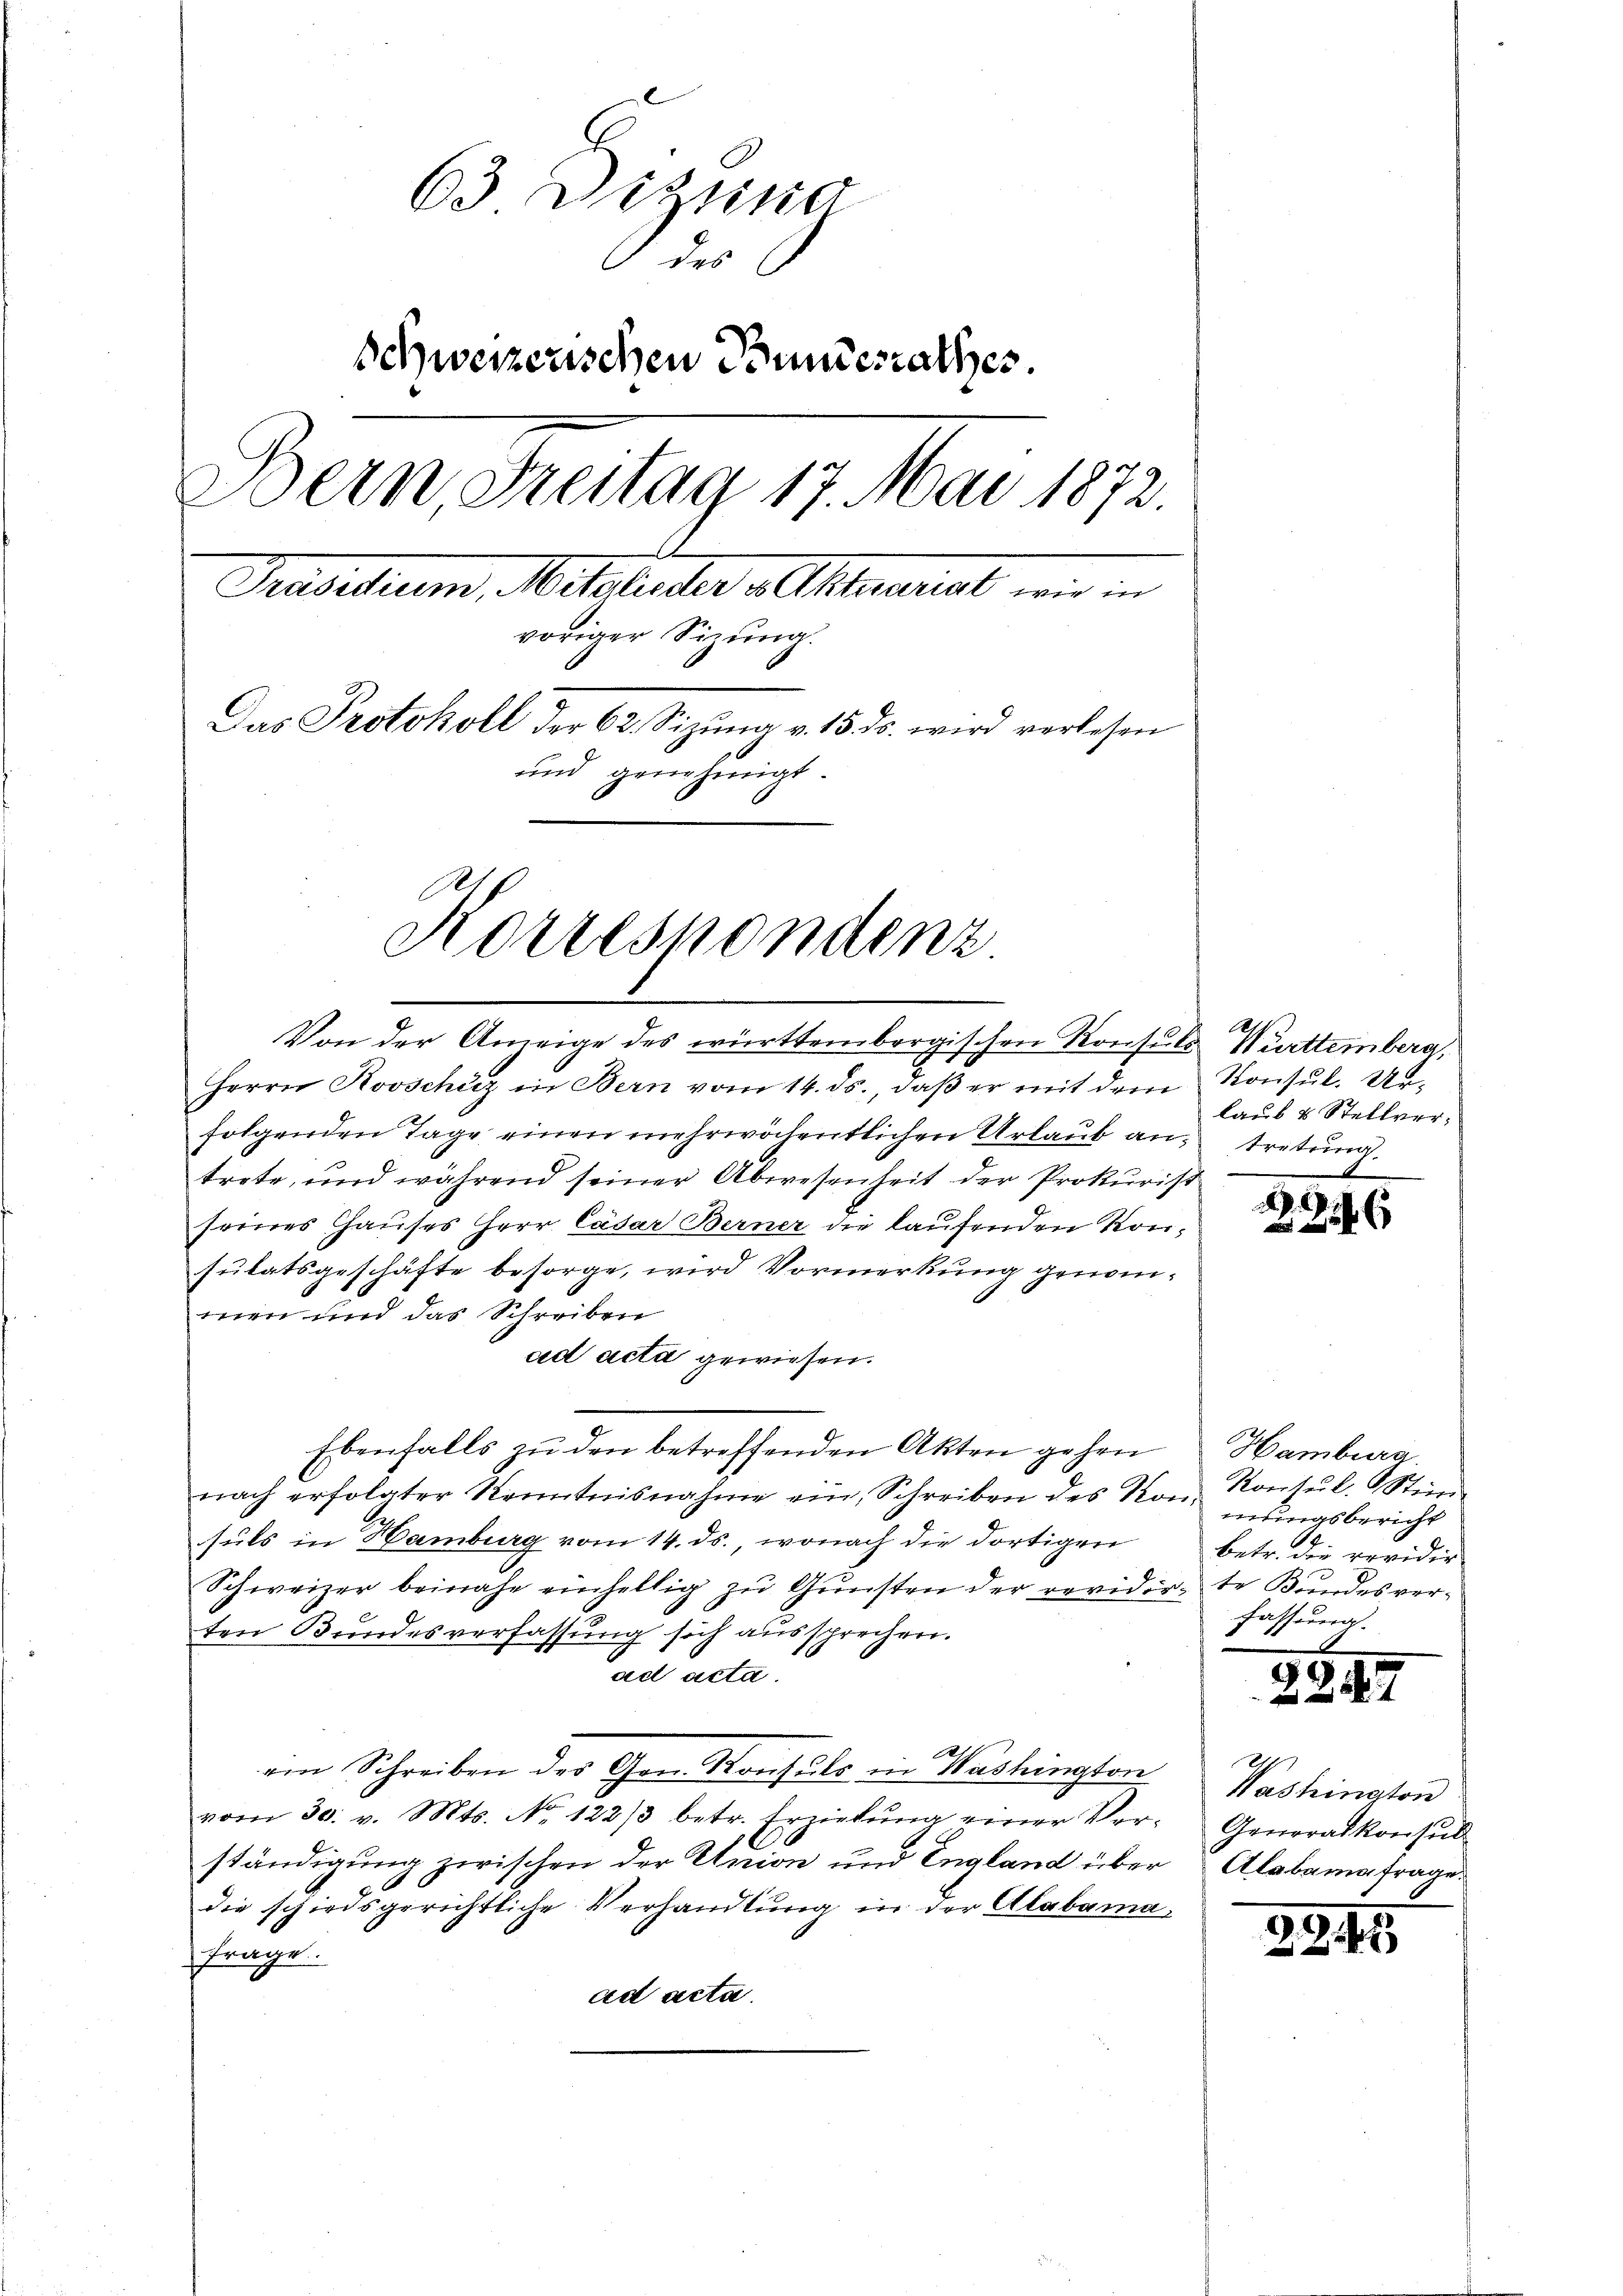
63 Dizung
 des
Schweizerischen Bundesrathes.
Bern Streitag 17. Mai 1872.
Trasadium, M. darunter v. Aktenst
voriger Sizung.
Das Protokoll der 62. Sizŭng v. 15. ds. wird verlesen
und genehmigt.

Von der Anzeige des württembergischen Konsuls

Korrespondenz

Herrn Rovschuz in Bern vom 14. ds., daß er mit dem
folgenden Tage einen mehrwöchentlichen Urlaub antrete, und während seiner Abwesenheit der Prokurist
seines Hauses Herr Cäsar Berner die laufenden Konsulatsgeschäfte besorge, wird Vormerkung genommen und das Schreiben
ad acta gewiesen.
Ebenfalls zu den betreffenden Akten gehen
nach erfolgter Kenntnisnahme ein, Schreiben des Kon-
suls in Hamburg vom 14. ds., wonach die dortigen betr. die revidir
Schweizer beinahe einhellig zu Gunsten der revidirte Bundesverten Bundesverfassung sich aussprechen.
ad acta.
ain Schreiben der Gen. Konsuls in Washington
vom 30. v. Mts. No. 122/3 betr. Erziehung einer Verständigung zwischen der Union und England über
die schiedsgerichtliche Verhandlung in der Alabamafrage.
ad acta.

Württemberg,
Konsul. Ur-
laub & Stellvertretung

291.

6

Hamburg.
Konsul. Stun-
mungsbericht
fassung.

2247

47
Washington
Generalkonsul
Alabaria frage.

2949